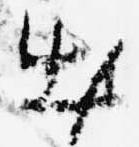
出